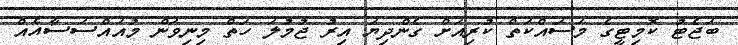
ބަޖެޓު ކޮމިޓީގެ މަސައްކަތް ކުރިއަށް ގެންދިޔަ އިރު ޖުމުލަ ހަތް މިނިވަން މުއައްސަސާއެއް